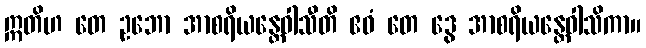
ဣတိဟ တေ ဥဘော အာစရိယန္တေဝါသီတိ ဧဝံ တေ ဒွေ အာစရိယန္တေဝါသိကာ။